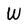
Character: W